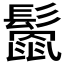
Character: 𩮻